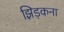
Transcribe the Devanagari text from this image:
झिड़कना